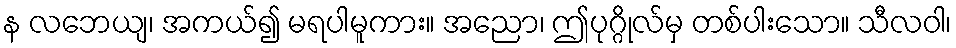
န လဘေယျ၊ အကယ်၍ မရပါမူကား။ အညော၊ ဤပုဂ္ဂိုလ်မှ တစ်ပါးသော။ သီလဝါ၊